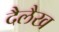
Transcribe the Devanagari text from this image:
दैलैख